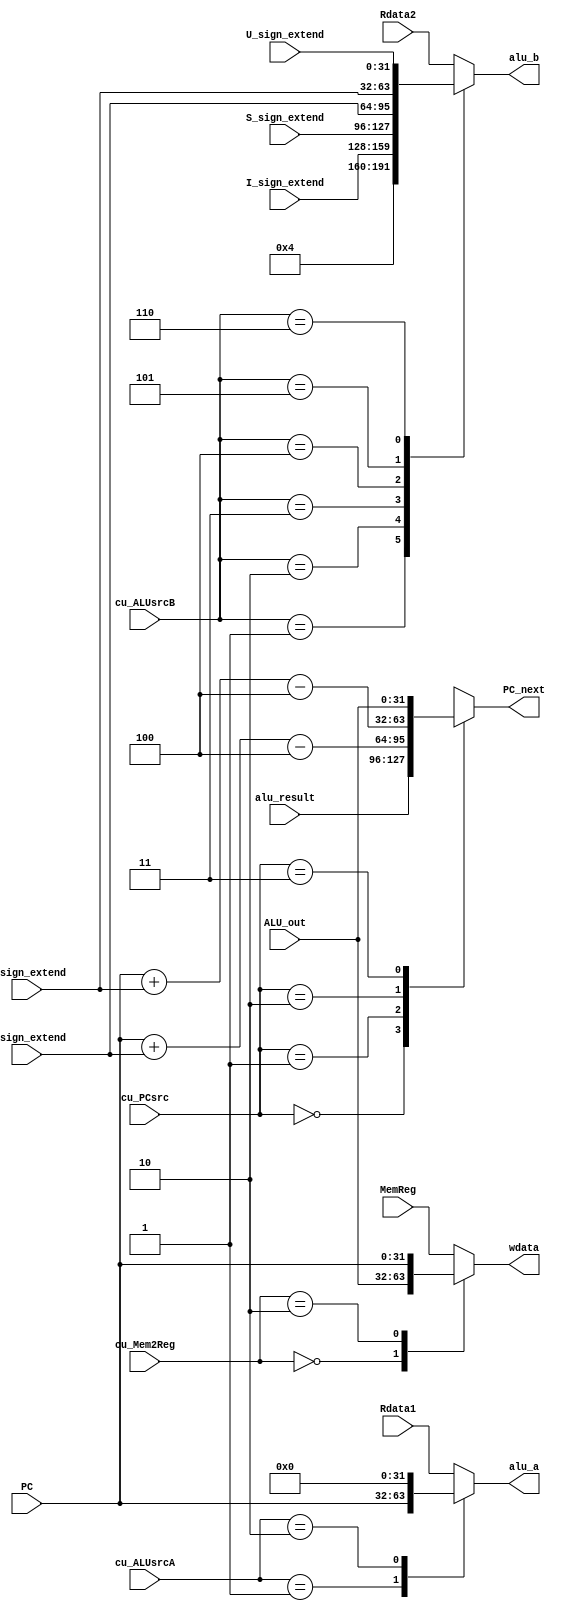
// Give how data selected by the chontrol unit
// pc, waddr, wdata, alu_a, alu_b and so on...

module data_path(

	// choose pc
	input [1:0] cu_PCsrc,
	input [31:0] PC,
	input [31:0] alu_result,
	output reg [31:0] PC_next,

	// // choose write reg address
	// input cu_RegDst,
	// input [4:0] rs1,
	// input [4:0] rs2,
	// output reg [4:0] waddr,

	// choose write reg data
	input [1:0] cu_Mem2Reg,
	input [31:0] ALU_out,
	input [31:0] MemReg,	// from Readdata
	output reg [31:0] wdata,

	// choose alu_a
	input [1:0] cu_ALUsrcA,
	input [31:0] Rdata1,
	output reg [31:0] alu_a,

	// choose alu_b
	input [2:0] cu_ALUsrcB,
	input [31:0] Rdata2,
		// input [31:0] PC,
	input [31:0] I_sign_extend,
	input [31:0] S_sign_extend,
	input [31:0] B_sign_extend,
	input [31:0] J_sign_extend,
	input [31:0] U_sign_extend,
	// input [31:0] shamt_extend,
	output reg [31:0] alu_b

	// choose Memory Address
	// input

	);

	// pc source
	always @( * ) begin
		case(cu_PCsrc)
			2'b00: PC_next = alu_result;
				// ////add module needed
				// branch
			2'b01: PC_next = PC + B_sign_extend - 32'd4;
				// jump and link
			2'b10: PC_next = PC + J_sign_extend - 32'd4;
			2'b11: PC_next = ALU_out;
		endcase
	end

	// regfile r & w source
	always @( * ) begin
		case(cu_Mem2Reg)
			2'b00: wdata = ALU_out;
			2'b01: wdata = MemReg;
			2'b10: wdata = PC;
			default: wdata = MemReg;
		endcase
	end

	// alu a & b source
	always @( * ) begin
		case (cu_ALUsrcA)
			2'b00: alu_a = Rdata1;
			2'b01: alu_a = PC;
			2'b10: alu_a = 0;
			default: alu_a = Rdata1;
		endcase

		case (cu_ALUsrcB)
			3'b000: alu_b = Rdata2;
			3'b001: alu_b = 32'd4;
			3'b010: alu_b = I_sign_extend;
			3'b011: alu_b = S_sign_extend;
			3'b100: alu_b = B_sign_extend;
			3'b101: alu_b = J_sign_extend;
			3'b110: alu_b = U_sign_extend;
			// 3'b111: alu_b = shamt_extend;
			default: alu_b = Rdata2;
		endcase
	end


endmodule